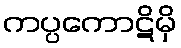
ကပ္ပကောဋိမှိ